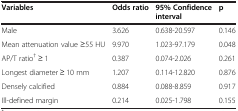
<table><thead><tr><td><b>Variables</b></td><td><b>Odds ratio</b></td><td><b>95% Confidence interval</b></td><td><b>p</b></td></tr></thead><tbody><tr><td>Male</td><td>3.626</td><td>0.638-20.597</td><td>0.146</td></tr><tr><td>Mean attenuation value ≥55 HU</td><td>9.970</td><td>1.023-97.179</td><td>0.048</td></tr><tr><td>AP/T ratio<sup>†</sup> ≥ 1</td><td>0.387</td><td>0.074-2.026</td><td>0.261</td></tr><tr><td>Longest diameter ≥ 10 mm</td><td>1.207</td><td>0.114-12.820</td><td>0.876</td></tr><tr><td>Densely calcified</td><td>0.884</td><td>0.088-8.859</td><td>0.917</td></tr><tr><td>Ill-defined margin</td><td>0.214</td><td>0.025-1.798</td><td>0.155</td></tr></tbody></table>